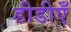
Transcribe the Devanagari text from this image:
डीडीएँ